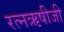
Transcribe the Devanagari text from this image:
रत्नऋषीजी